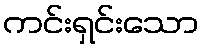
ကင်းရှင်းသော